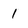
Character: 1